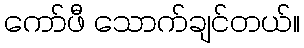
ကော်ဖီ သောက်ချင်တယ်။